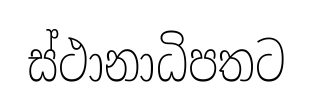
ස්ථානාධිපතට